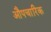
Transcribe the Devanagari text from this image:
अाैपचारिक